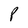
Character: P